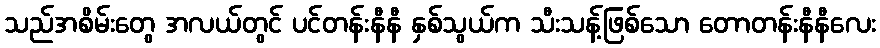
သည်အစိမ်းတွေ အလယ်တွင် ပင်တန်းနီနီ နှစ်သွယ်က သီးသန့်ဖြစ်သော တောတန်းနီနီလေး